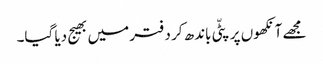
مجھے آنکھوں پر پٹّی باندھ کر دفتر میں بھیج دیا گیا۔